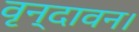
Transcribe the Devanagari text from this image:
वृन्दावन।